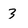
Character: 3